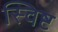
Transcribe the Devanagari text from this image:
स्विष्ट